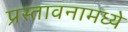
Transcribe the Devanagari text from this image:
प्रस्तावनामध्ये